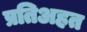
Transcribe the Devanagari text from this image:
प्रतिअहत